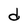
Character: d